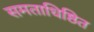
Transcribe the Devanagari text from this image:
समताधिष्ठित